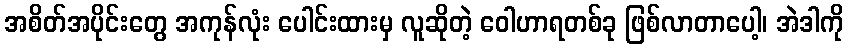
အစိတ်အပိုင်းတွေ အကုန်လုံး ပေါင်းထားမှ လူဆိုတဲ့ ဝေါဟာရတစ်ခု ဖြစ်လာတာပေါ့၊ အဲဒါကို